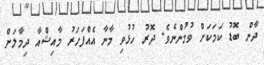
ދާން ބޮޑު ކަމަކަށް ވުމުންނެވެ. ދޮރު ހުޅުވި މާނާ އެއްފަހަރު މާއިޝްއާ ދިމާލަށް